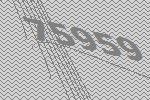
75959